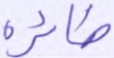
طائره